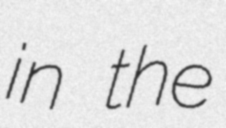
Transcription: in the